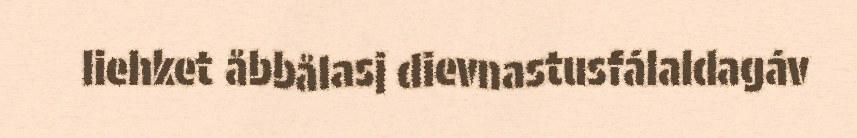
liehket åbbålasj dievnastusfálaldagáv